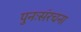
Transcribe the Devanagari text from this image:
पुनःसंरचना